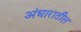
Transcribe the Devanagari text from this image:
अंधारातील